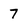
Character: 7